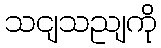
သငျသညျကို